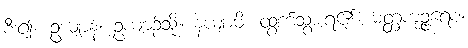
စီး၍။ ဥယျာနံ၊ ဥယျာဉ်သို့။ နယျာမိ၊ ထွက်သွားရ၏။ မတ္တကုဉ္ဇရေစ၊